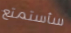
سأستمتع